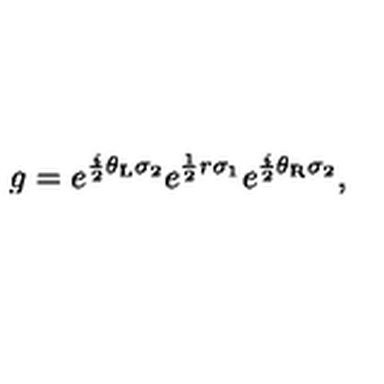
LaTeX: g = e ^ { \frac { i } { 2 } \theta _ { \mathrm { L } } \sigma _ { 2 } } e ^ { \frac { 1 } { 2 } r \sigma _ { 1 } } e ^ { \frac { i } { 2 } \theta _ { \mathrm { R } } \sigma _ { 2 } } ,